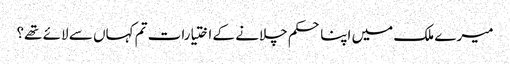
میرے ملک میں اپنا حکم چلانے کے اختیارات تم کہاں سے لائے تھے؟